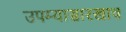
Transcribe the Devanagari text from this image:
उपम्यासारखाच